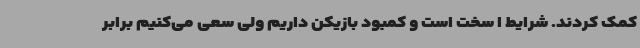
کمک کردند. شرایط ا سخت است و کمبود بازیکن داریم ولی سعی می‌کنیم برابر